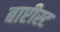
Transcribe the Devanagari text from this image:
बाप्टीस्ट